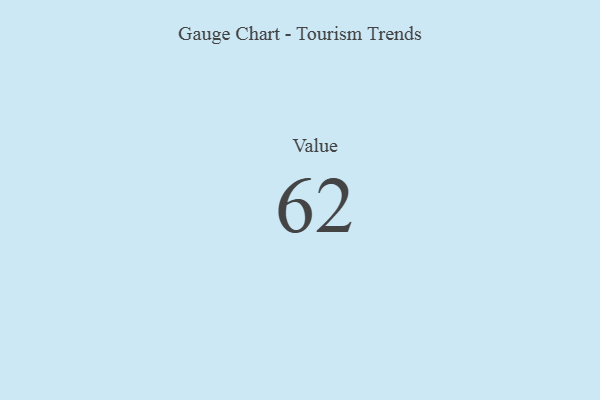
{"axis": {"x": "Metric", "y": "Value"}, "legend": [""], "data": [{"x": "Value", "y": 62, "type": ""}]}